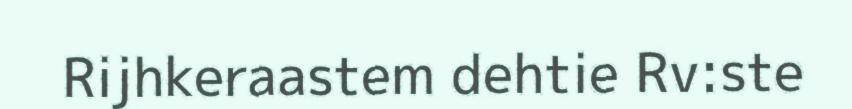
Rijhkeraastem dehtie Rv:ste